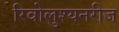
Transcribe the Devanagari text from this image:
रिवोलुश्यनरीज